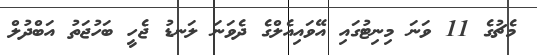
މެޗުގެ 11 ވަނަ މިނިޓުގައި އޭވައިއެލްގެ ދެވަނަ ލަނޑު ޖެހީ ބަހުޖަތު އަބްދުލް